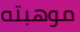
موهبته